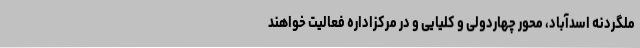
ملگردنه اسدآباد، محور چهاردولی و کلیایی و در مرکزاداره فعالیت خواهند